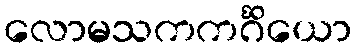
လောမသကကင်္ဂိယော